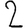
Digit: 2